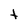
Character: t